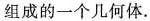
组成的一个几何体。